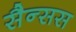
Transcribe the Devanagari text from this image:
सैन्सस